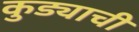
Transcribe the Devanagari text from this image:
कुड्याची